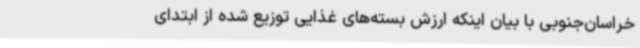
خراسان‌جنوبی با بیان اینکه ارزش بسته‌های غذایی توزیع شده از ابتدای